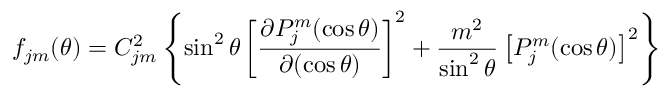
f _ { j m } ( \theta ) = C _ { j m } ^ { 2 } \left\{ \sin ^ { 2 } \theta \left[ \frac { \partial P _ { j } ^ { m } ( \cos \theta ) } { \partial ( \cos \theta ) } \right] ^ { 2 } + \frac { m ^ { 2 } } { \sin ^ { 2 } \theta } \left[ P _ { j } ^ { m } ( \cos \theta ) \right] ^ { 2 } \right\}